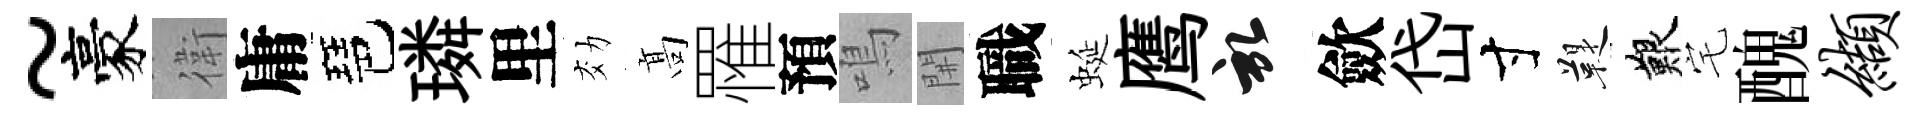
~豪衛庸琶璘里効髙罹預鳴𨳩職蜒鹰啓歛岱寸鞮艱宅醜缬